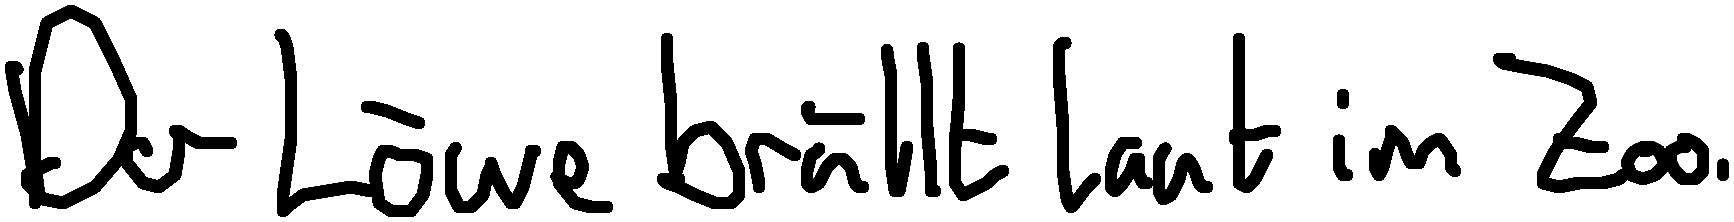
Der Löwe brüllt laut im Zoo.